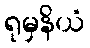
ရုမှနိယံ